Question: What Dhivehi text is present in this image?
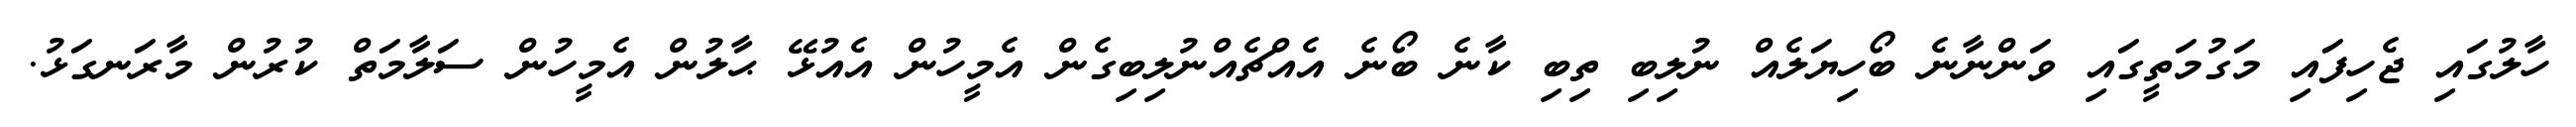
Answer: ހާލުގައި ޖެހިފައި މަގުމަތީގައި ވަންނާނެ ބޯހިޔަލެއް ނުލިބި ތިބި ކާނެ ބޯނެ އެއްޗެއްނުލިބިގެން އެމީހުން އެއުޅޭ ޙާލުން އެމީހުން ސަލާމަތް ކުރުން މާރަނގަޅު.